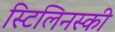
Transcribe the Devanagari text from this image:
स्टिलिनस्की